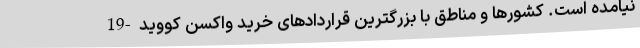
نیامده است. کشورها و مناطق با بزرگترین قراردادهای خرید واکسن کووید-19